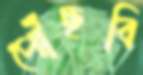
পৌঁছবি